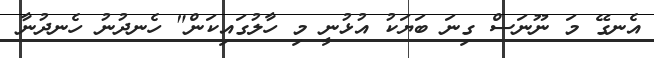
އެނގޭ މަ ނޫނަސް ގިނަ ބަޔަކު އުޅުނީ މި ހާލުގައިކަން" ހެނދުނު ހެނދުނާ